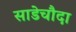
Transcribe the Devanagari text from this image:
साडेचौदा